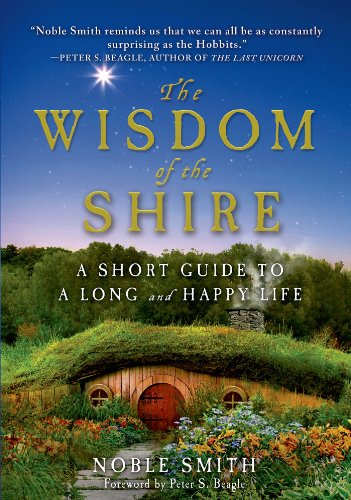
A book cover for The Wisdom of the Shire: A Short Guide to a Long and Happy Life; Noble Smith; Science Fiction & Fantasy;